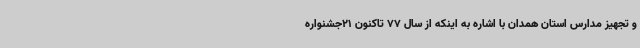
و تجهیز مدارس استان همدان با اشاره به اینکه از سال 77 تاکنون 21جشنواره